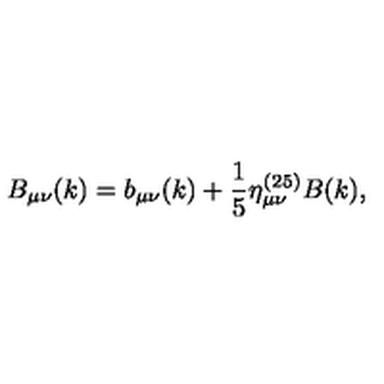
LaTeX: B _ { \mu \nu } ( k ) = b _ { \mu \nu } ( k ) + \frac { 1 } { 5 } \eta _ { \mu \nu } ^ { ( 2 5 ) } B ( k ) ,